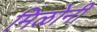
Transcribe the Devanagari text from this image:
मिळोनी